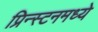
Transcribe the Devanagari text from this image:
प्रिन्स्टनमध्ये